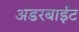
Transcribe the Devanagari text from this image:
अंडरबाईट